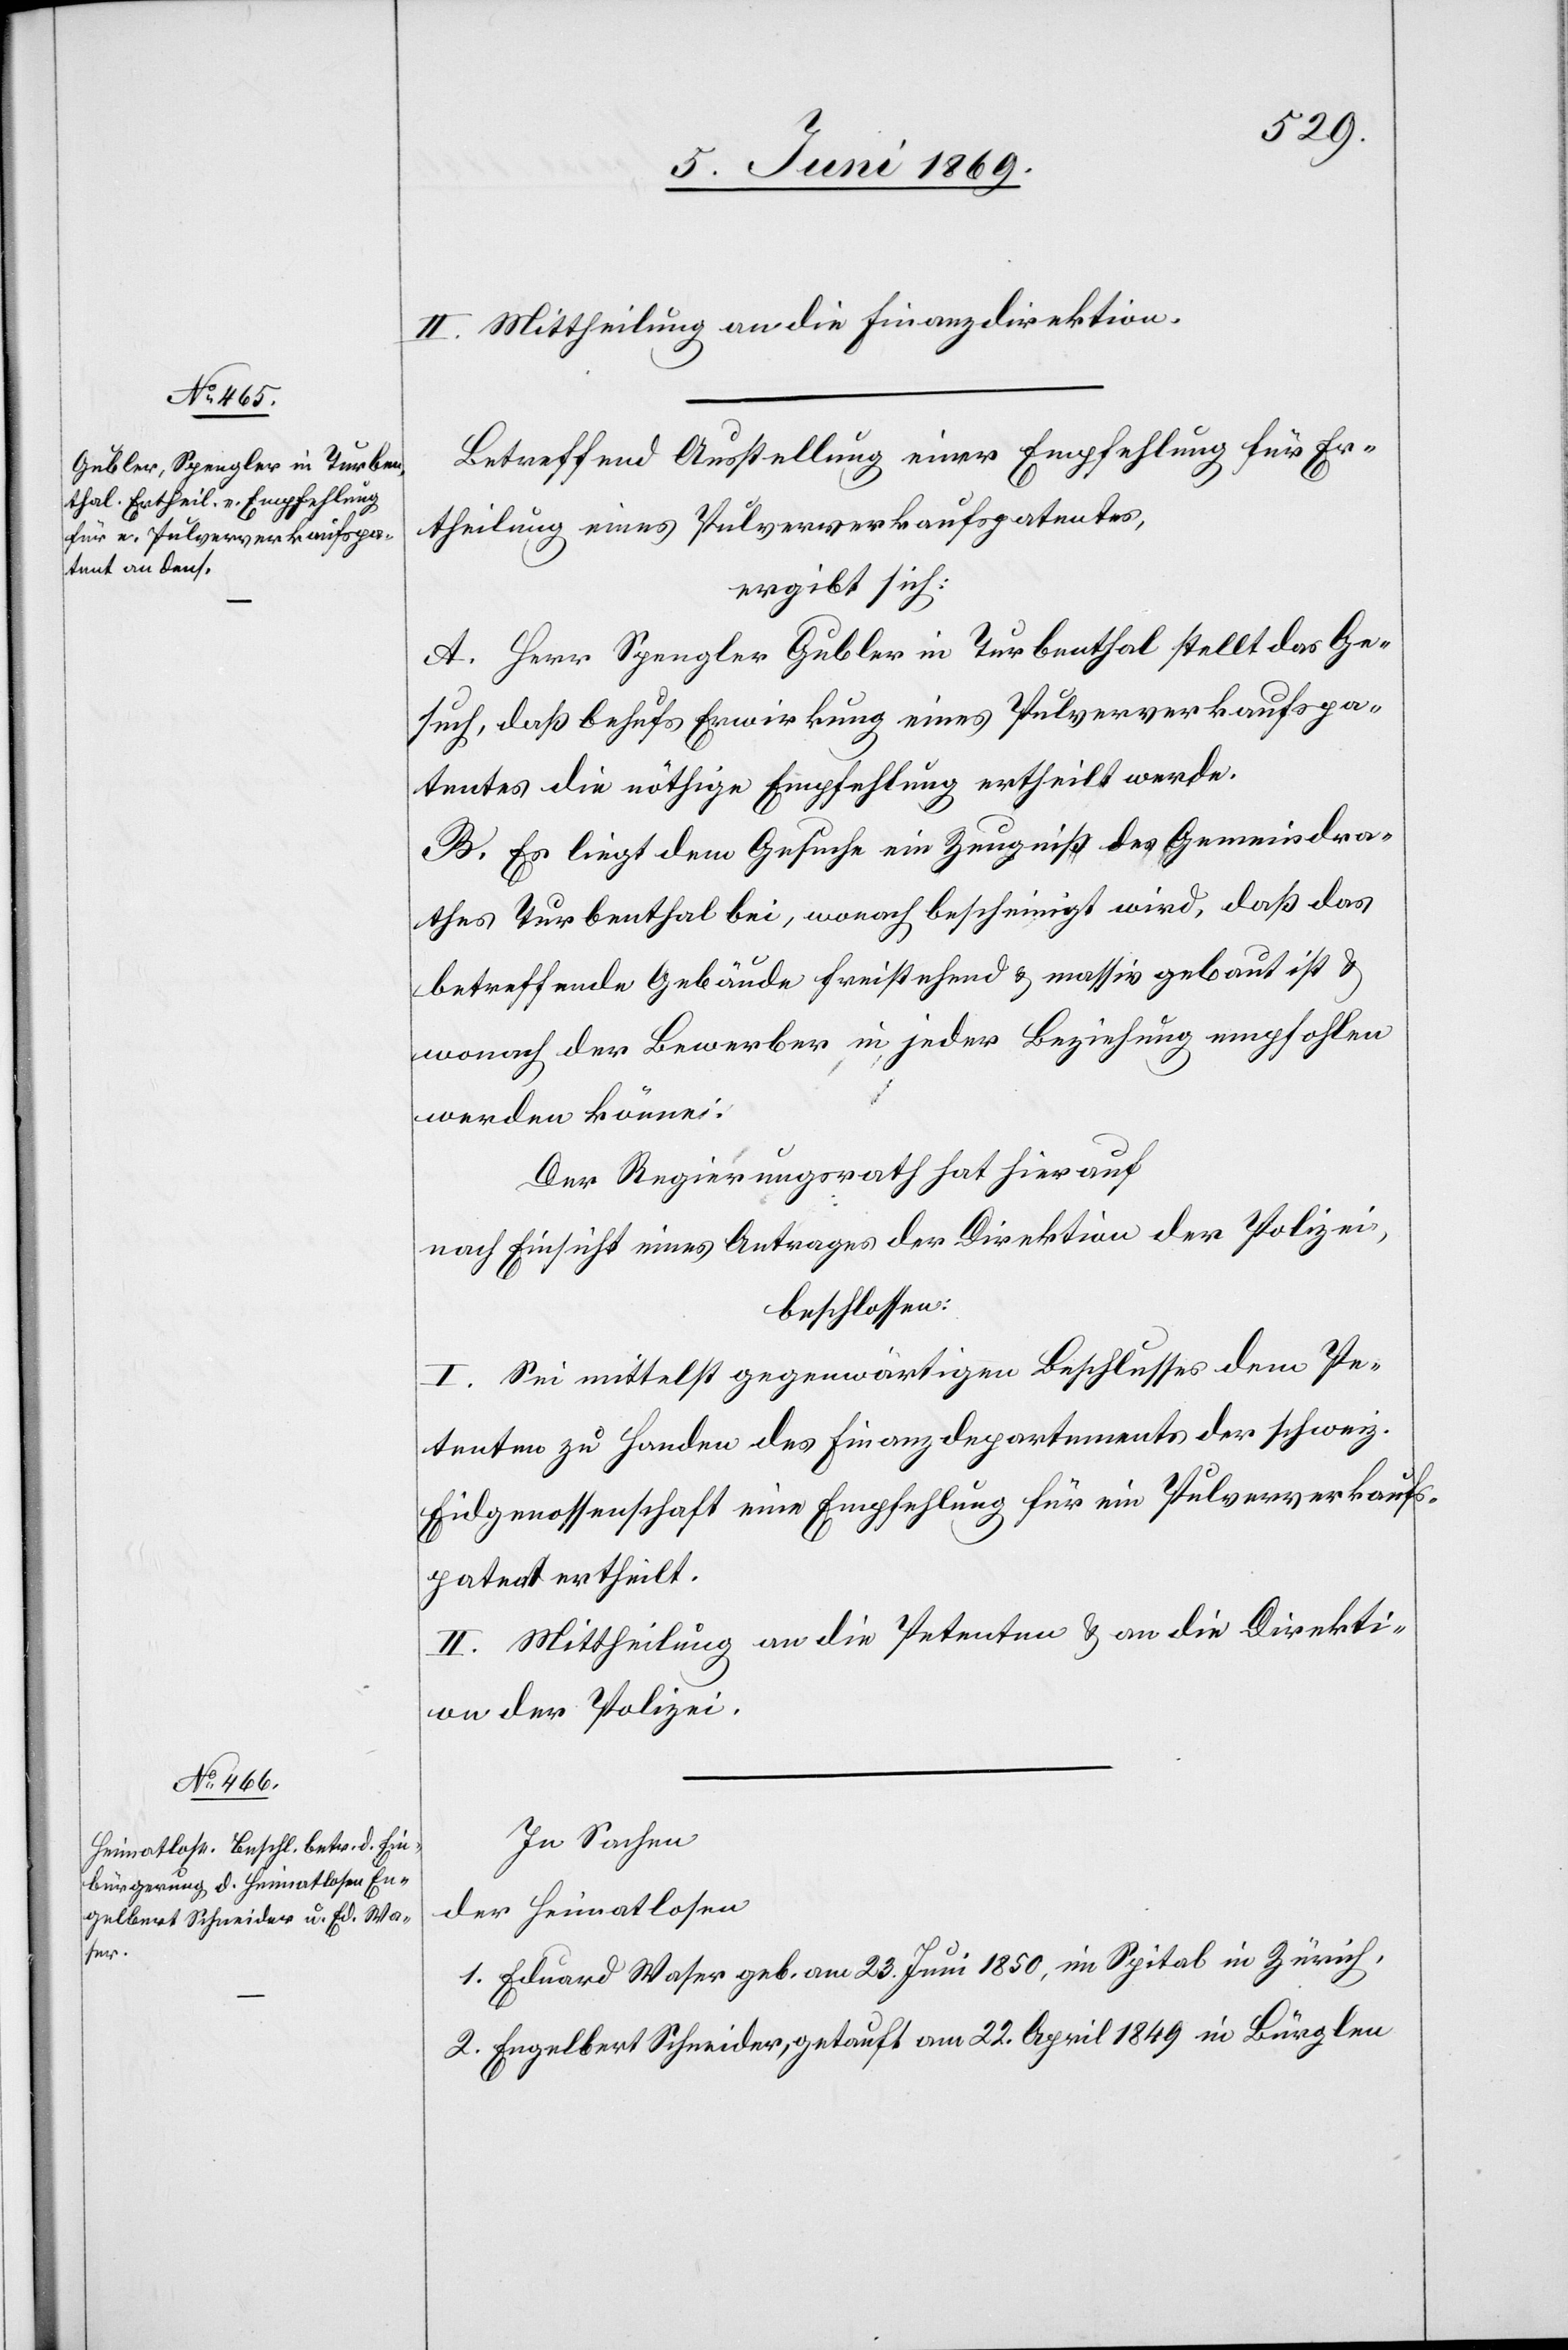
II. Mittheilung an die Finanzdirektion.
Betreffend Ausstellung einer Empfehlung für Er¬
theilung eines Pulververkaufspatentes,
ergibt sich:
A. Herr Spengler Gubler in Turbenthal stellt das Ge¬
such, daß behufs Erwirkung eines Pulververkaufspa¬
tentes die nöthige Empfehlung ertheilt werde.
B. Es liegt dem Gesuche ein Zeugniß des Gemeindra¬
thes Turbenthal bei, wonach bescheinigt wird, daß das
betreffende Gebäude freistehend u. massiv gebaut ist u.
wonach der Bewerber in jeder Beziehung empfohlen
werden könne;
Der Regierungsrath hat hierauf,
nach Einsicht eines Antrages der Direktion der Polizei,
beschlossen:
I. Sei mittelst gegenwärtigen Beschlusses dem Pe¬
tenten zu Handen des Finanzdepartements der schweiz.
Eidgenossenschaft eine Empfehlung für ein Pulververkaufs¬
patent ertheilt.
II. Mittheilung an die Petenten u. an die Direkti¬
on der Polizei.
In Sachen
der Heimatlosen
1. Eduard Waser geb. am 23 Juni 1850, im Spital in Zürich,
2. Engelbert Schneider, getauft am 22 April 1849 in Bürglen